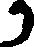
り